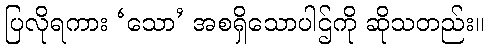
ပြလိုရကား ‘သော’ အစရှိသောပါဌ်ကို ဆိုသတည်း။